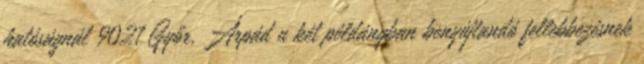
hatóságnál 9021 Győr, Árpád u két példányban benyújtandó fellebbezésnek